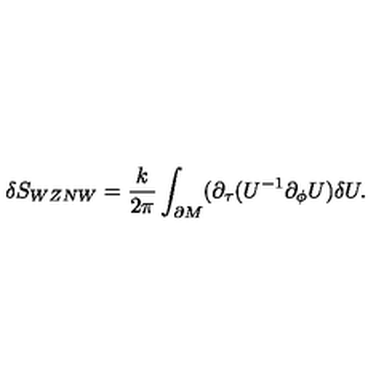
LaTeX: \delta S _ { W Z N W } = \frac { k } { 2 \pi } \int _ { \partial M } ( \partial _ { \tau } ( U ^ { - 1 } \partial _ { \phi } U ) \delta U .